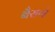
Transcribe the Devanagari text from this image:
बैसणे